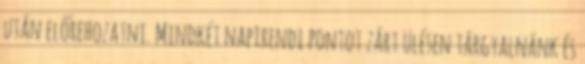
után előrehozatni. Mindkét napirendi pontot zárt ülésen tárgyalnánk és